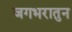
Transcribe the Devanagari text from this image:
जगभरातुन